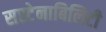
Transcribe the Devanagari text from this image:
सस्टेनाबिलिटी